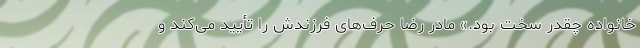
خانواده‌ چقدر سخت بود.» مادر رضا حرف‌های فرزندش را تأیید می‌کند و